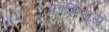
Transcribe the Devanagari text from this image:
फ्रांसिसस